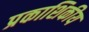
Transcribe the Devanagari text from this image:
प्रकाशिकीय